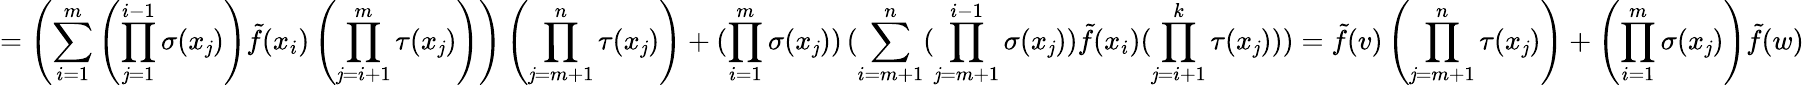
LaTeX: =\left(\sum_{i=1}^{m}\left(\prod_{\mathit{j}=1}^{i-1}\sigma(x_{\mathit{j}})\right)\tilde{{f}}(x_{i})\left(\prod_{\mathit{j}=i+1}^{m}\tau(x_{\mathit{j}})\right)\right)\left(\prod_{\mathit{j}=m+1}^{n}\tau(x_{\mathit{j}})\right)+(\prod_{i=1}^{m}\sigma(x_{\mathit{j}}))\, (\sum_{i=m+1}^{n}(\prod_{\mathit{j}=m+1}^{i-1}\sigma(x_{\mathit{j}}))\tilde{{f}}(x_{i})(\prod_{\mathit{j}=i+1}^{k}\tau(x_{\mathit{j}})))=\tilde{{f}}(v)\left(\prod_{\mathit{j}=m+1}^{n}\tau(x_{\mathit{j}})\right)+\left(\prod_{i=1}^{m}\sigma(x_{\mathit{j}})\right)\tilde{{f}}(w)